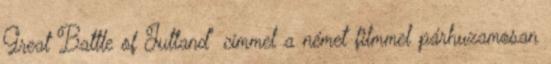
Great Battle of Jutland" címmel a német filmmel párhuzamosan